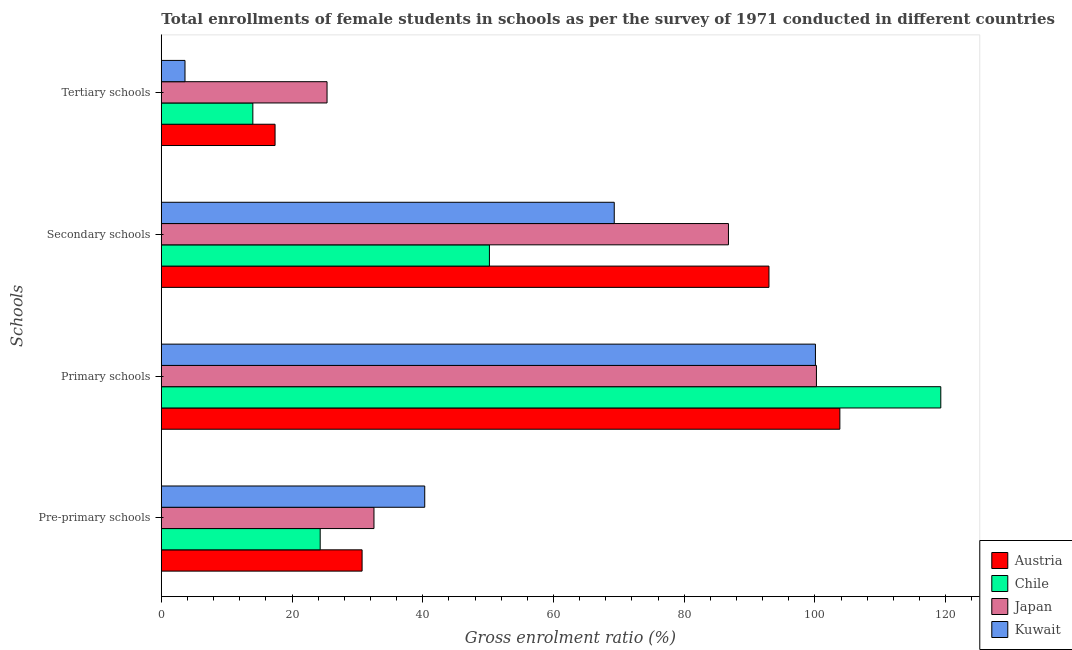
| Schools | Austria | Chile | Japan | Kuwait |
 | --- | --- | --- | --- | --- |
 | Pre-primary schools | 30.7 | 24.3 | 32.5 | 40.3 |
 | Primary schools | 104 | 119 | 100 | 100 |
 | Secondary schools | 93 | 50.2 | 86.8 | 69.3 |
 | Tertiary schools | 17.4 | 14 | 25.4 | 3.62 |